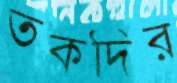
তকদির